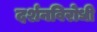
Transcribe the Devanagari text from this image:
दर्शनविरोधी